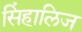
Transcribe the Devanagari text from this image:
सिंहालिज